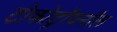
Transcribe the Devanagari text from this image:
टोकोट्रॉयनॉल